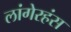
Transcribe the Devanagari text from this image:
लांगेरहंस